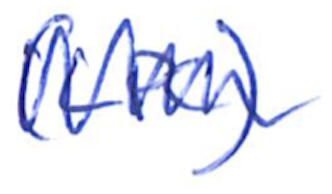
Text: (LPC)
Cross-out: zig-zag
Writing tool: ballpoint